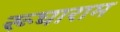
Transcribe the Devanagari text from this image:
रूघाराम